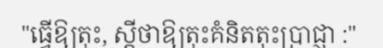
"ធ្វើឱ្យតុះ, ស្តីថាឱ្យតុះគំនិតតុះប្រាជ្ញា :"